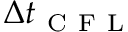
\Delta t _ { \mathrm { ~ C ~ F ~ L ~ } }